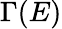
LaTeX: \Gamma(E)